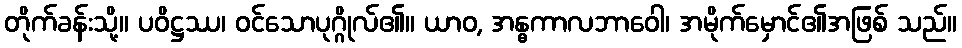
တိုက်ခန်းသို့။ ပဝိဋ္ဌဿ၊ ဝင်သောပုဂ္ဂိုလ်၏။ ယာဝ, အန္ဓကာလဘာဝေါ၊ အမိုက်မှောင်၏အဖြစ် သည်။